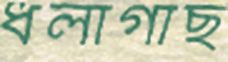
ধলাগাছ